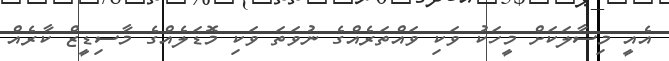
އެއީ މިސާލަކަށް މީހަކު ވަކި ވައްތަރެއްގެ ނުވަތަ ވަކި މޮޑަލެއްގެ މާސިޑީޒް ކާރެއް